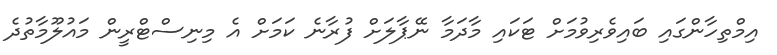
އިމްތިހާންގައި ބައިވެރިވުމަށް ޓަކައި މާދަމާ ނޭޕާލަށް ފުރާނެ ކަމަށް އެ މިނިސްޓްރީން މައުލޫމާތުދެ